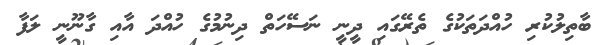
ބާތިލުކުރި ހުއްދަތަކުގެ ތެރޭގައި ދީނީ ނަސޭހަތް ދިނުމުގެ ހުއްދަ އާއި ގާނޫނީ ލަފާ